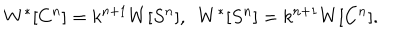
W ^ { * } [ C ^ { n } ] = k ^ { n + 1 } W [ S ^ { n } ] , ~ ~ W ^ { * } [ S ^ { n } ] = k ^ { n + 1 } W [ C ^ { n } ] .